Bombay plague: being a history of the progress of plague in the Bombay presidency from September 1896 to June 1899
Year: 1896
Disease focus: Plague
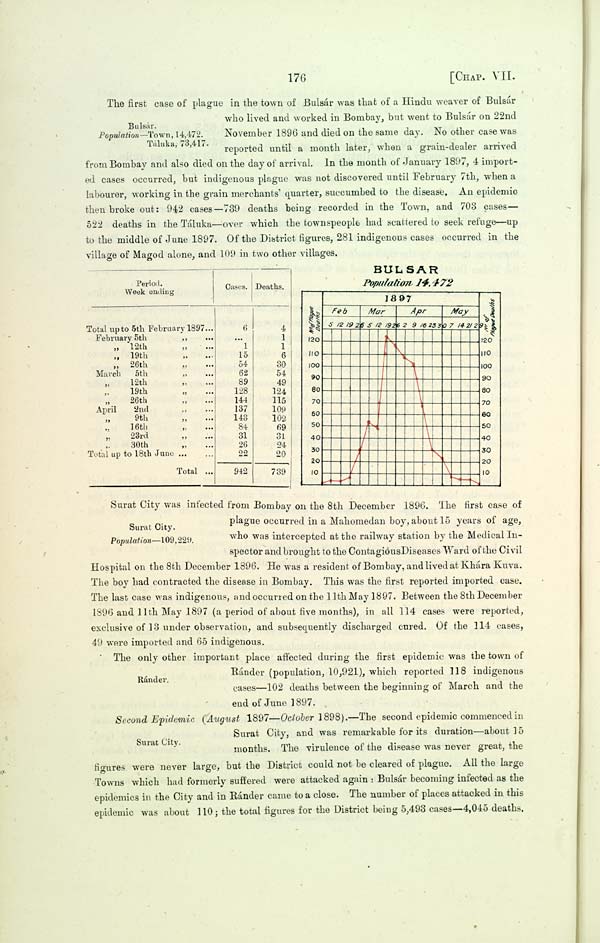
176
[CHAP. VII.
Bulsár.
Population—Town, 14,472.
Táluka, 73,417.
The first case of plague in the town of Bulsár was that of a Hindu weaver of Bulsár
who lived and worked in Bombay, but went to Bulsár on 22nd
November 1896 and died on the same day. No other case was
reported until a month later, when a grain-dealer arrived
from Bombay and also died on the day of arrival. In the month of January 1897, 4 import-
ed cases occurred, but indigenous plague was not discovered until February 7th, when a
labourer, working in the grain merchants' quarter, succumbed to the disease. An epidemic
then broke out: 942 cases-739 deaths being recorded in the Town, and 703 cases—
522 deaths in the Táluka—over which the townspeople had scattered to seek refuge—up
to the middle of June 1897. Of the District figures, 281 indigenous cases occurred in the
village of Magod alone, and 109 in two other villages.
Period.
Week ending
Total up to 5th February 1897
February 5th
" 12th "
" 19th "
" 26th "
March
5th "
" 12th "
" 19th "
" 26th "
April
2nd "
" 9th "
" 16th "
" 23rd "
" 30th "
Total up to 18th June
Total
Cases.
6
1
15
54
62
89
128
144
137
143
84
31
26
22
942
Deaths.
4
1
1
6
30
54
49
124
115
109
102
69
31
24
20
739
BULSAR
Population 14,472
Surat City.
Population—109,229.
Surat City was infected from Bombay on the 8th December 1896. The first case of
plague occurred in a Mahomedan boy, about 15 years of age,
who was intercepted at the railway station by the Medical In-
spector and brought to the Contagious Diseases Ward of the Civil
Hospital on the 8th December 1896. He was a resident of Bombay, and lived at Khára Kuva.
The boy had contracted the disease in Bombay. This was the first reported imported case.
The last case was indigenous, and occurred on the 11th May 1897. Between the 8th December
1896 and 11th May 1897 (a period of about five months), in all 114 cases were reported,
exclusive of 13 under observation, and subsequently discharged cured. Of the 114 cases,
49 were imported and 65 indigenous.
Ránder.
The only other important place affected during the first epidemic was the town of
Ránder (population, 10,921), which reported 118 indigenous
cases—102 deaths between the beginning of March and the
end of June 1897.
Surat City.
Second Epidemic (August 1897—October 1898).—The second epidemic commenced in
Surat City, and was remarkable for its duration—about 15
months. The virulence of the disease was never great, the
figures were never large, but the District could not be cleared of plague. All the large
Towns which had formerly suffered were attacked again: Bulsár becoming infected as the
epidemics in the City and in Ránder came to a close. The number of places attacked in this
epidemic was about 110; the total figures for the District being 5,493 cases—4,045 deaths.